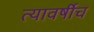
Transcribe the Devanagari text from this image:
त्यावर्षीच